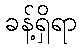
ခန့်ရှိရာ